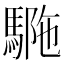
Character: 𩣾